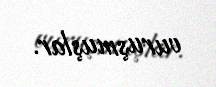
vuruşmuşlar.